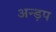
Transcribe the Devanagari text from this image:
अन्ड़प